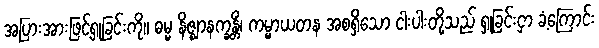
အပြားအားဖြင့်ရှုခြင်းကို။ ဓမ္မ နိဇ္ဈာနက္ခန္တိံ၊ ကမ္မာယတန အစရှိသော ငါးပါးတို့သည် ရှုခြင်းငှာ ခံ့ကြောင်း